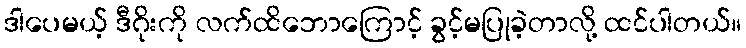
ဒါပေမယ့် ဒီဂိုးကို လက်ထိဘောကြောင့် ခွင့်မပြုခဲ့တာလို့ ထင်ပါတယ်။